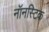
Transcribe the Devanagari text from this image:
नॉनस्टिक